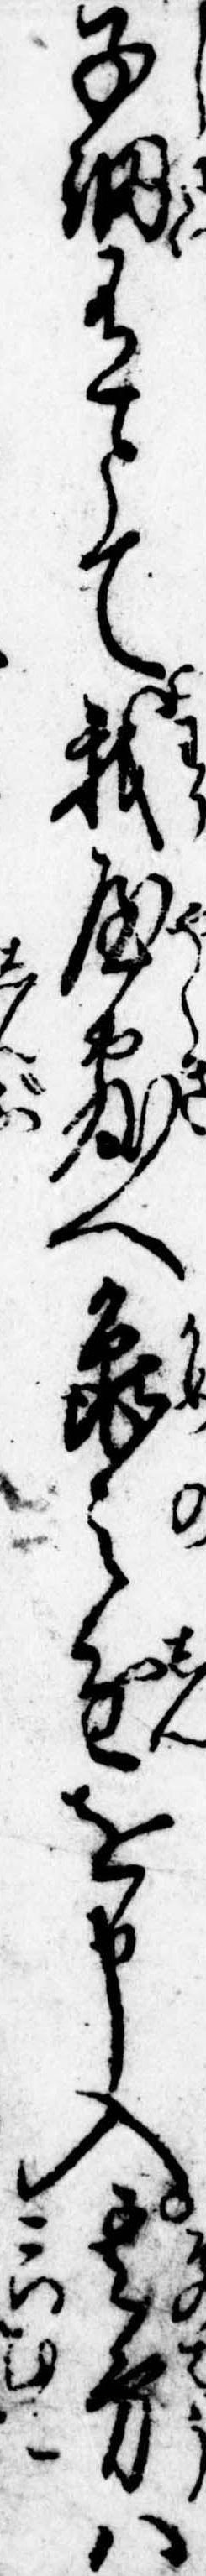
子細有とて我屋敷へ亀之進を申入其方は